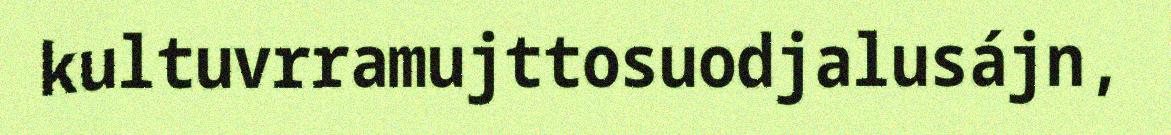
kultuvrramujttosuodjalusájn,